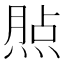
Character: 𤋧